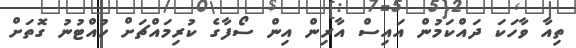
ތިއާ ވާހަކަ ދައްކަމުން އައިސް އާރިން އިން ސޯފާގެ ކުރިމައްޗަށް ހުއްޓުނު ގޮތަށް